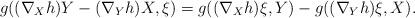
LaTeX: \begin{align*}g((\nabla _{X}h)Y-(\nabla _{Y}h)X,\xi )=g((\nabla _{X}h)\xi ,Y)-g((\nabla_{Y}h)\xi ,X). \end{align*}